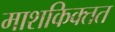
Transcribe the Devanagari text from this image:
माशकिक्तत